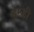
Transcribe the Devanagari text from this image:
हम्डी